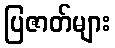
ပြဇာတ်များ